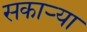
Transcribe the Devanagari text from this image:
सकाऱ्या